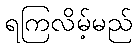
ရကြလိမ့်မည်